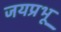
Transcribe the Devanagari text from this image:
जयप्रभू